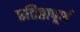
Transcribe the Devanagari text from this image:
प्रतिष्ठापूर्ण